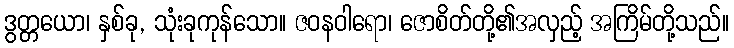
ဒွတ္တယော၊ နှစ်ခု, သုံးခုကုန်သော။ ဇဝနဝါရော၊ ဇောစိတ်တို့၏အလှည့် အကြိမ်တို့သည်။